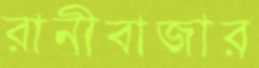
রানীবাজার